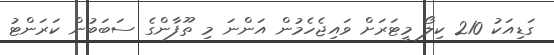
ގަޑިއަކު 210 ކިލޯ މީޓަރަށް ވައިޖެހެމުން އަންނަ މި ތޫފާންގެ ސަބަބުން ކަރަންޓު